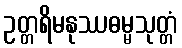
ဥတ္တရိမနုဿဓမ္မသုတ္တံ